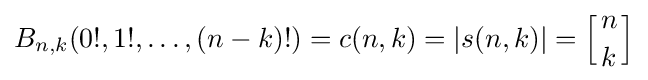
B_{n,k}(0!,1!,\dots ,(n-k)!)=c(n,k)=|s(n,k)|=\left[{n \atop k}\right]